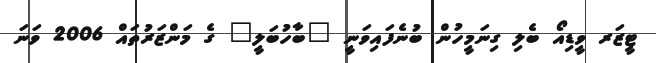
ޓީޒަރ ވީޑިއޯ ބެލި ގިނަމީހުން ބުނެފައިވަނީ "ބާހުބަލީ" ގެ މަންޒަރުތައް 2006 ވަނަ